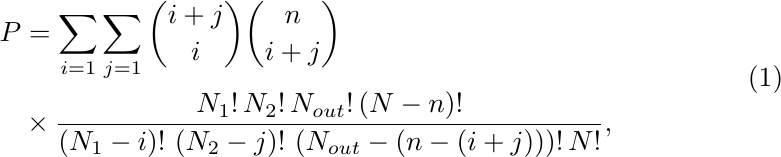
\begin{equation} \label{eq:prob_us}
    \begin{split}
        P &= \sum_{i = 1} \sum_{j = 1} \binom{i + j}{i} \binom{n}{i + j} \\
        & \times \frac{N_{1}! \, N_{2}! \, N_{out}! \left(N - n\right)!}{\left(N_{1} - i\right)! \, \left(N_{2} - j\right)! \, \left(N_{out} - \left(n - \left(i + j\right)\right)\right)! \, N!},
    \end{split}
\end{equation}